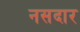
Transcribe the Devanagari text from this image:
नसदार